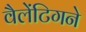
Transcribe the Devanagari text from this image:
वैलेंटिगने